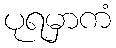
ပုရမှာကံ